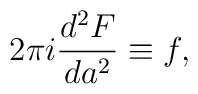
2\pi i \frac{d^2 F}{da^2} \equiv f,